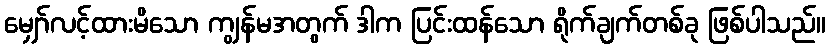
မျှော်လင့်ထားမိသော ကျွန်မအတွက် ဒါက ပြင်းထန်သော ရိုက်ချက်တစ်ခု ဖြစ်ပါသည်။